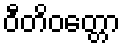
ဝီတိဝတ္တော